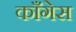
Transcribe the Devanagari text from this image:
काँगेस